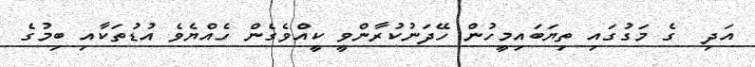
އަދި  ގެ މަގުގައި ތިޔަބައިމީހުން ހޭދަނުކުރާންވީ ކީއްވެގެން ހެއްޔެވެ އުޑުތަކާއި ބިމުގެ